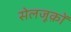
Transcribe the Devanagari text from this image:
सेलजूक़ों